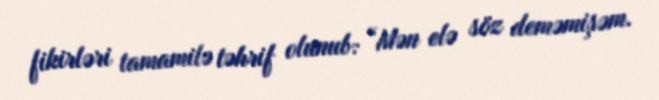
fikirləri tamamilə təhrif olunub: “Mən elə söz deməmişəm.